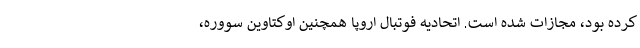
کرده بود، مجازات شده است. اتحادیه فوتبال اروپا همچنین اوکتاوین سووره،